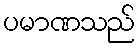
ပမာဏသည်